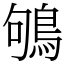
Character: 鴝